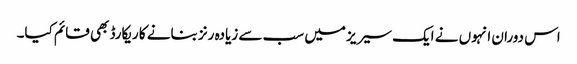
اس دوران انہوں نے ایک سیریز میں سب سے زیادہ رنز بنانے کا ریکارڈ بھی قائم کیا۔